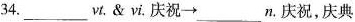
34.___ vt. & vi. 庆祝\rightarrow ___n. 庆祝，庆典